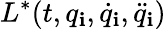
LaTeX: L^{*}(t,q_{\mathbf{i}},\dot{{q}}_{\mathbf{i}},\ddot{{q}}_{\mathbf{i}})